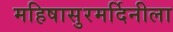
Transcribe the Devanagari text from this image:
महिषासुरमर्दिनीला